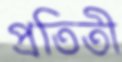
প্রতিতী